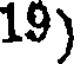
19)